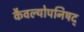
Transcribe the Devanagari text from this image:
कैवल्योपनिषद्